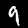
Label: 9